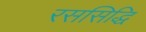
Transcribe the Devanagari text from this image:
रससिद्धि